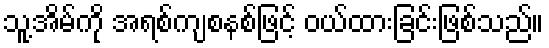
သူ့အိမ်ကို အရစ်ကျစနစ်ဖြင့် ဝယ်ထားခြင်းဖြစ်သည်။